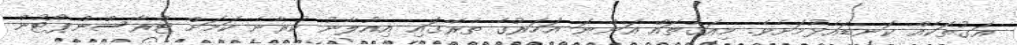
އަގުތަކެއް ކަނޑައެޅުމަށެވެ. މިއަގުތައް އަންނަ އަހަރުގެ ތެރޭގައި އިއުލާނު ކުރާނެ ކަމަށް ޓްރާސްންޕޯޓުން